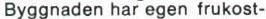
Byggnaden har egen frukost-